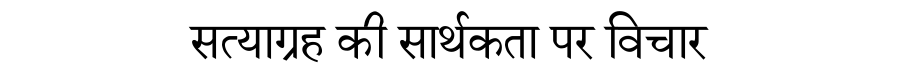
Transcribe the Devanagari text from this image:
सत्याग्रह की सार्थकता पर विचार